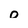
Character: 0